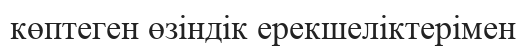
көптеген өзіндік ерекшеліктерімен